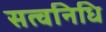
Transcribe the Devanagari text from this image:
सत्वनिधि